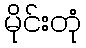
မိုင်းတုံ